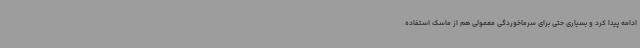
ادامه پیدا کرد و بسیاری حتی برای سرماخوردگی معمولی هم از ماسک استفاده